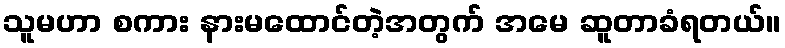
သူမဟာ စကား နားမထောင်တဲ့အတွက် အမေ ဆူတာခံရတယ်။